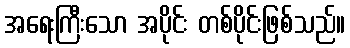
အရေးကြီးသော အပိုင်း တစ်ပိုင်းဖြစ်သည်။